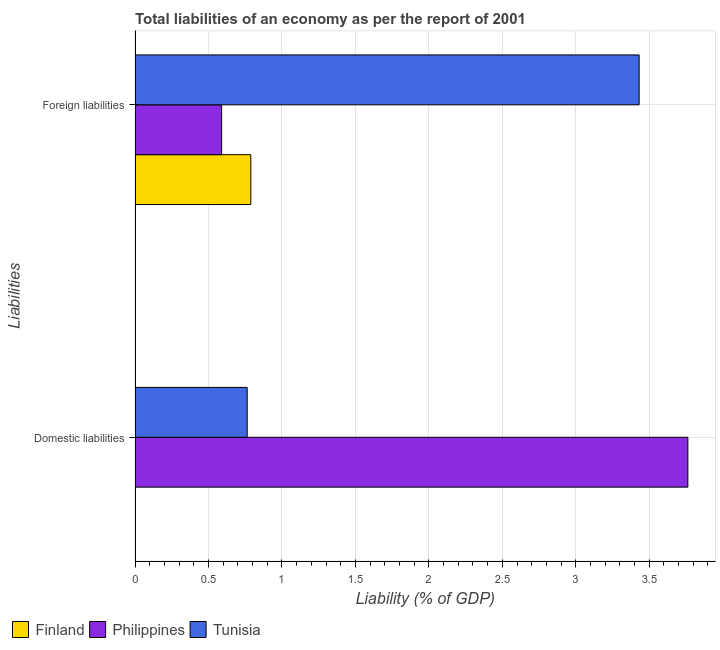
| Liabilities | Finland | Philippines | Tunisia |
 | --- | --- | --- | --- |
 | Domestic liabilities | -2.73 | 3.76 | 0.763 |
 | Foreign liabilities | 0.788 | 0.589 | 3.43 |